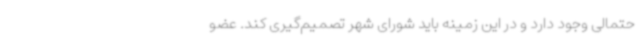
حتمالی وجود دارد و در این زمینه باید شورای شهر تصمیم‌گیری کند. عضو